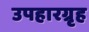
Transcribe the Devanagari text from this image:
उपहारग्रृह